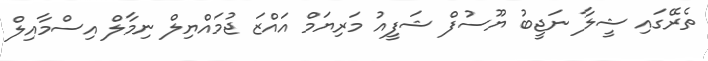
ތެރޭގައި ޝީލާ ނަޖީބު ޔޫސުފް ޝަފީއު މަރިޔަމް އައްޒަ ޖުމައްޔިލް ނިމާލް އިސްމާއިލް